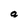
Character: a